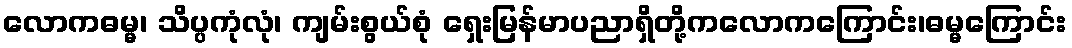
လောကဓမ္မ၊ သိပ္ပကုံလုံ၊ ကျမ်းစွယ်စုံ ရှေးမြန်မာပညာရှိတို့ကလောကကြောင်း၊ဓမ္မကြောင်း